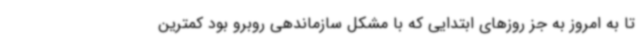
تا به امروز به جز روزهای ابتدایی که با مشکل سازماندهی روبرو بود کمترین